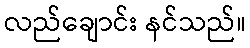
လည်ချောင်း နင်သည်။